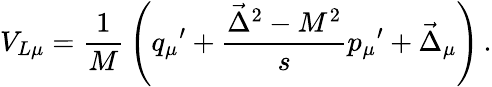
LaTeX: V_{L\mu}={\frac{1}{M}}\left({q_{\mu}}^{\prime}+{\frac{\vec{\Delta}^{2}-M^{2}}{s}}{p_{\mu}}^{\prime}+\vec{\Delta}_{\mu}\right)\, .